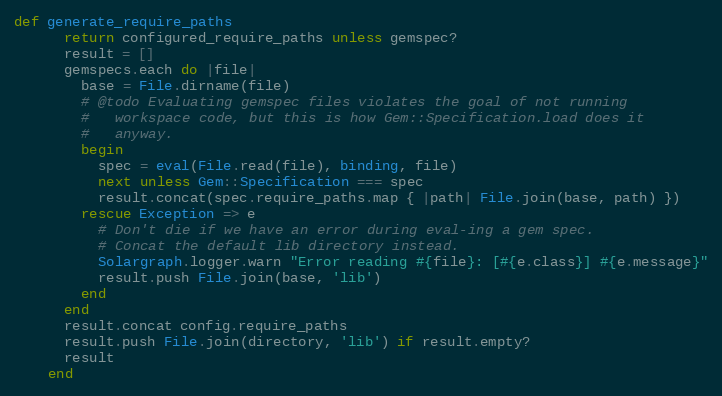
Language: Ruby
def generate_require_paths
      return configured_require_paths unless gemspec?
      result = []
      gemspecs.each do |file|
        base = File.dirname(file)
        # @todo Evaluating gemspec files violates the goal of not running
        #   workspace code, but this is how Gem::Specification.load does it
        #   anyway.
        begin
          spec = eval(File.read(file), binding, file)
          next unless Gem::Specification === spec
          result.concat(spec.require_paths.map { |path| File.join(base, path) })
        rescue Exception => e
          # Don't die if we have an error during eval-ing a gem spec.
          # Concat the default lib directory instead.
          Solargraph.logger.warn "Error reading #{file}: [#{e.class}] #{e.message}"
          result.push File.join(base, 'lib')
        end
      end
      result.concat config.require_paths
      result.push File.join(directory, 'lib') if result.empty?
      result
    end